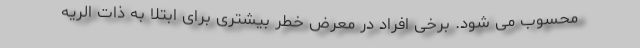
محسوب می شود. برخی افراد در معرض خطر بیشتری برای ابتلا به ذات الریه